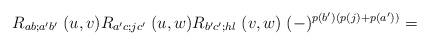
LaTeX: \begin{align*}R_{ab;a'b'} \; (u,v) R_{a'c;j c'} \; (u,w)R_{b'c'; hl} \; (v,w) \;(-)^{p(b')(p(j) + p(a'))}=\end{align*}